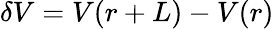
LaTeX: \delta V=V(r+L)-V(r)